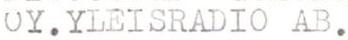
OY.YLEISRADIO AB.